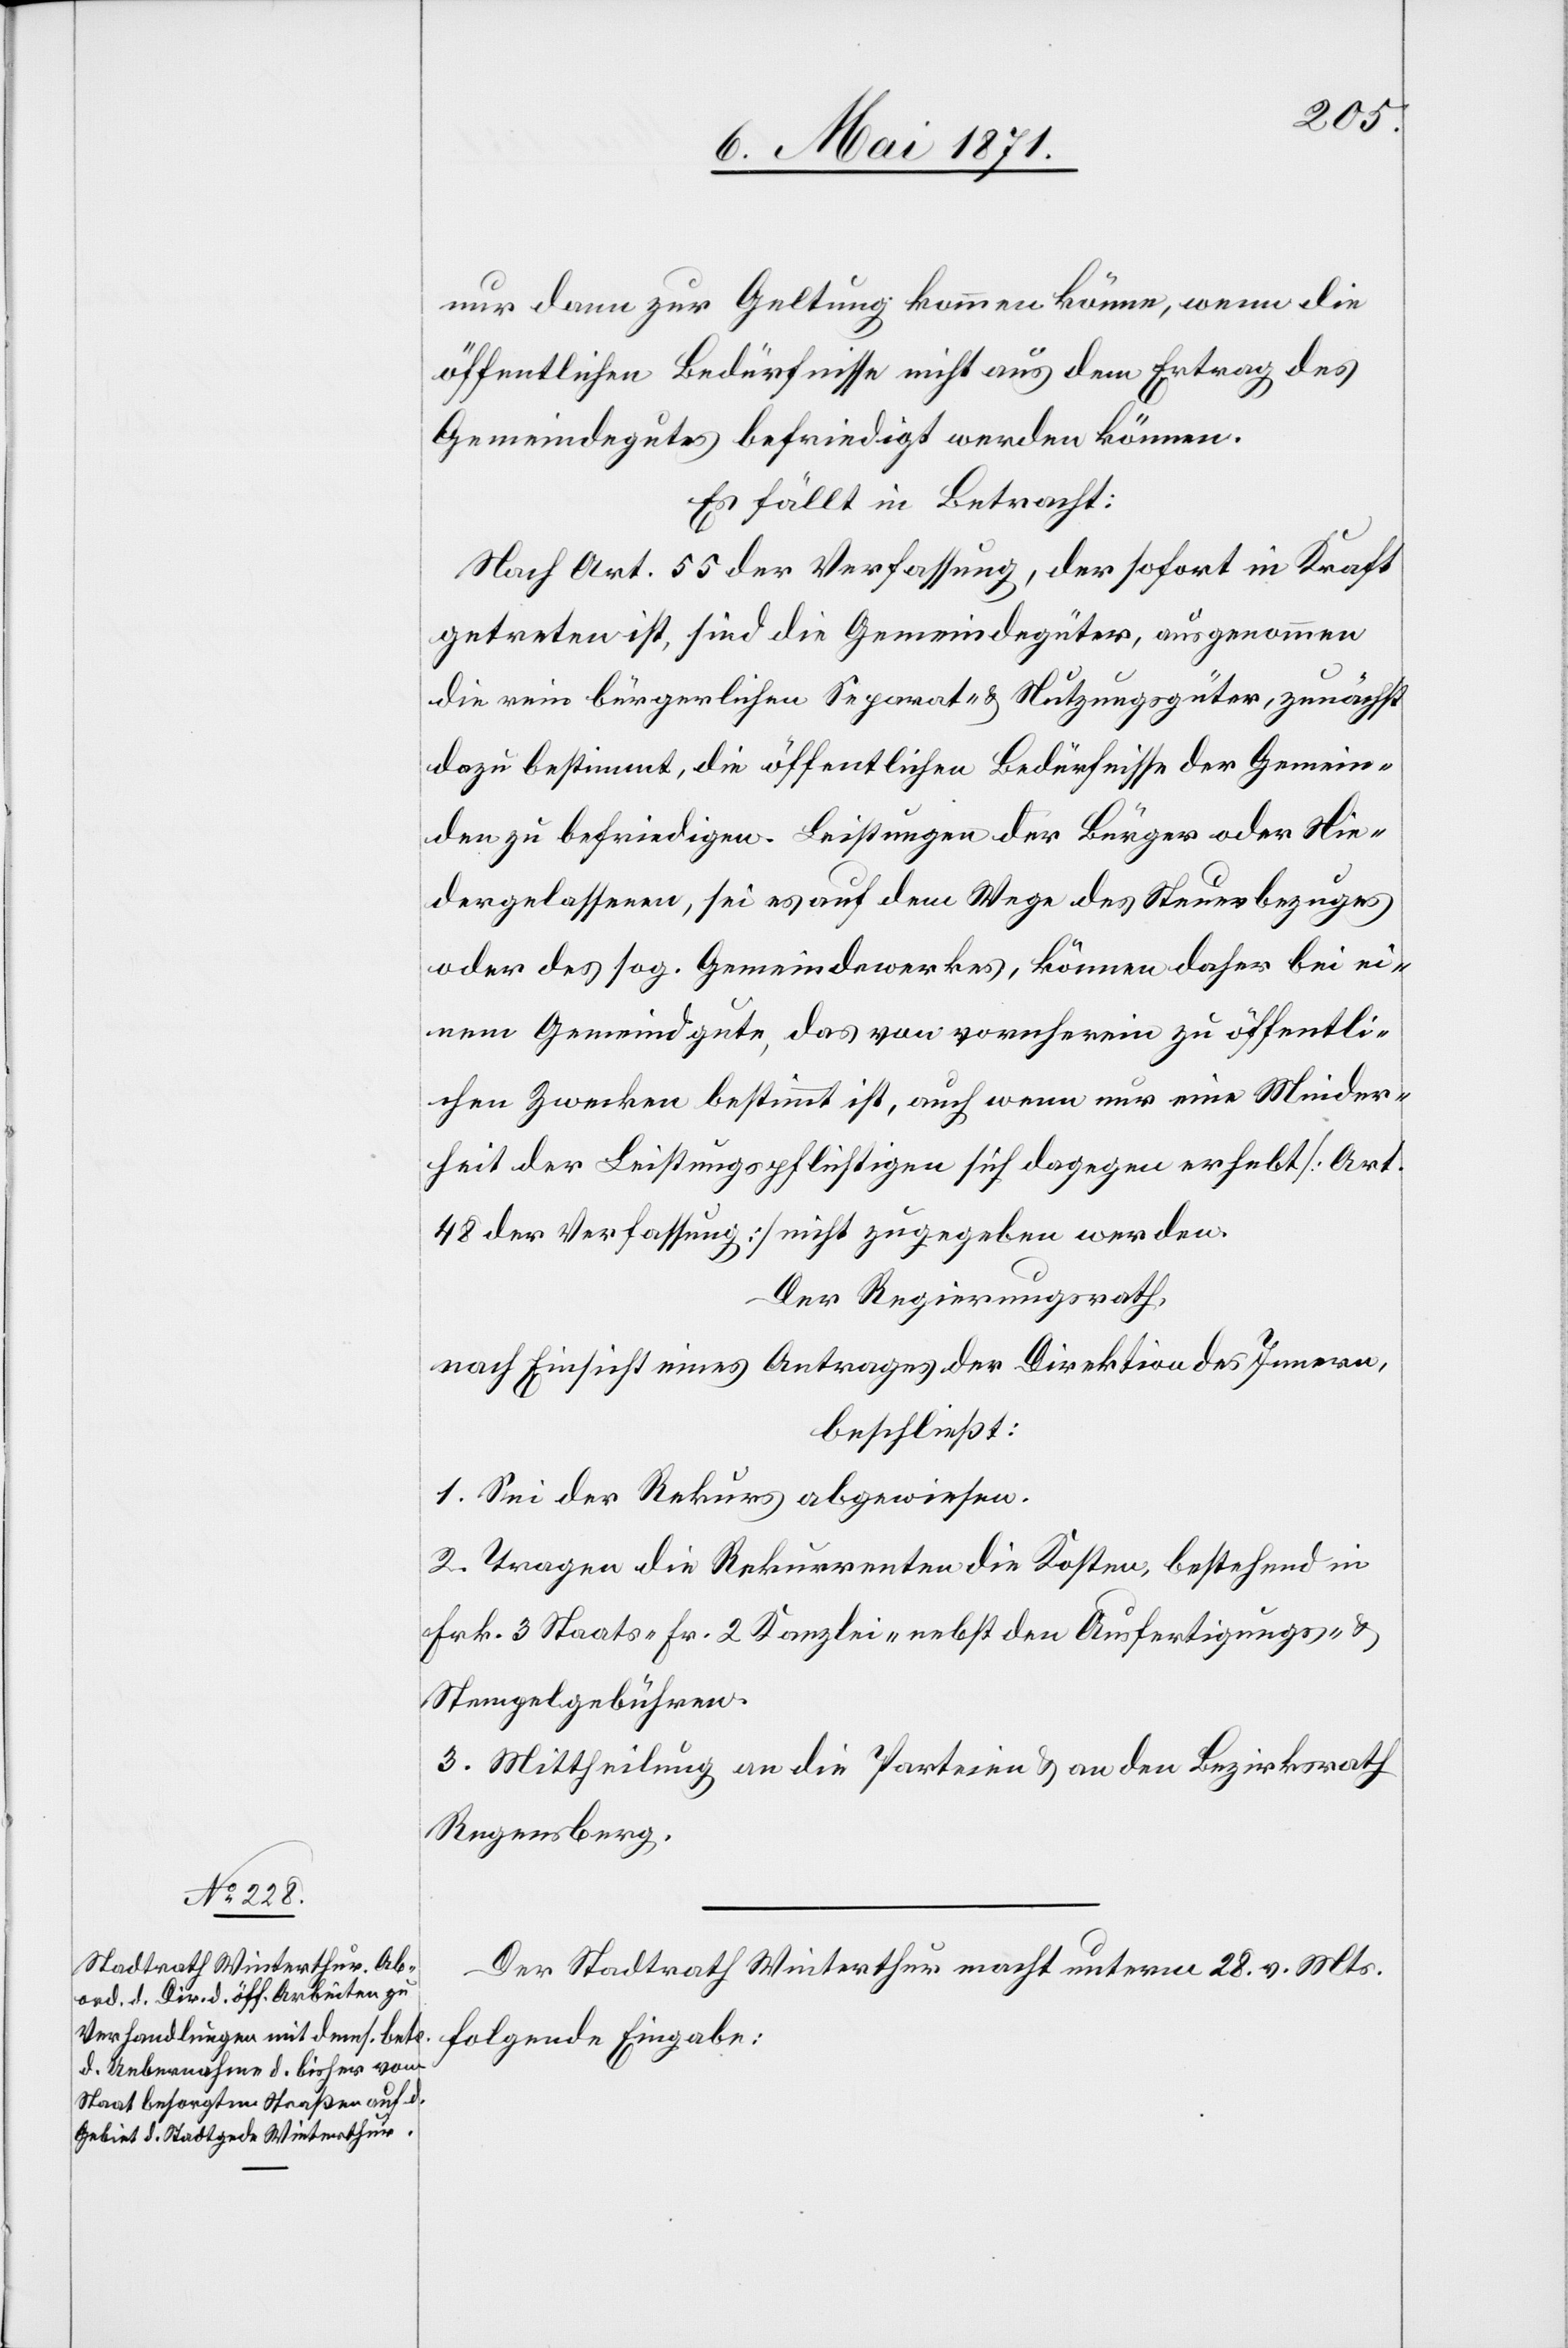
nur dann zur Geltung kommen könne, wenn die
öffentlichen Bedürfnisse nicht aus dem Ertrag des
Gemeindegutes befriedigt werden können.
Es fällt in Betracht:
Nach Art. 55 der Verfassung, der sofort in Kraft
getreten ist, sind die Gemeindegüter, ausgenommen
die rein bürgerlichen Separat- u. Nutzungsgüter, zunächst
dazu bestimmt, die öffentlichen Bedürfnisse der Gemein¬
den zu befriedigen. Leistungen der Bürger oder Nie¬
dergelassenen, sei es auf dem Wege des Steuerbezuges
oder des sog. Gemeindewerkes, können daher bei ei¬
nem Gemeindgute, das von vornherein zu öffentli¬
chen Zwecken bestimmt ist, auch wenn nur eine Minder¬
heit der Leistungspflichtigen sich dagegen erhebt [Art.
48 der Verfassung] nicht zugegeben werden.
Der Regierungsrath,
nach Einsicht eines Antrages der Direktion des Innern,
beschließt:
1. Sei der Rekurs abgewiesen.
2. Tragen die Rekurrenten die Kosten, bestehend in
Frk. 3 Staats-[,] Fr. 2 Kanzlei, nebst den Ausfertigungs- u.
Stempelgebühren.
3. Mittheilung an die Parteien u. an den Bezirksrath
Regensberg.
Der Stadtrath Winterthur macht unterm 28. v. Mts.
folgende Eingabe: